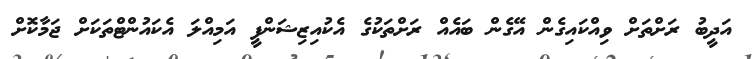
އަދީބު ރަށްތަށް ވިއްކައިގެން އޭގެން ބައެއް ރަށްތަކުގެ އެކުއިޒިޝަންފީ އަމިއްލަ އެކައުންޓްތަކަށް ޖަމާކޮށް